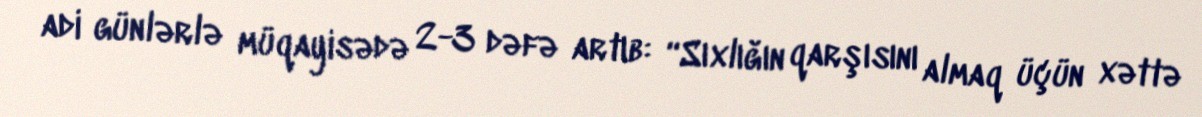
adi günlərlə müqayisədə 2-3 dəfə artıb: “Sıxlığın qarşısını almaq üçün xəttə